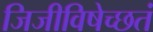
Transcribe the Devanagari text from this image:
जिजीविषेच्छतं